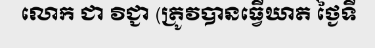
លោក ជា វិជ្ជា (ត្រូវបានធ្វើឃាត ថ្ងៃទី